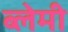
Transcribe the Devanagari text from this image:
ब्लेमी